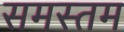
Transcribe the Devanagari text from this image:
समस्तम